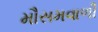
મૌસમવાળી